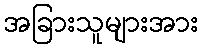
အခြားသူများအား